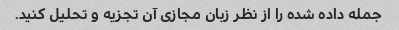
جمله داده شده را از نظر زبان مجازی آن تجزیه و تحلیل کنید.